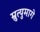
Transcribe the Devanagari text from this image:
म्रुत्युमागे